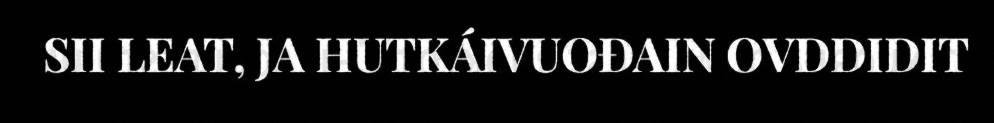
SII LEAT, JA HUTKÁIVUOĐAIN OVDDIDIT